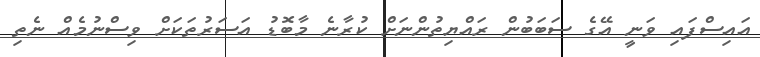
އައިސްފައި ވަނީ އޭގެ ސަބަބުން ރައްޔިތުންނަށް ކުރާނެ މާބޮޑު އަސަރުތަކަށް ވިސްނުމެއް ނެތި